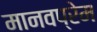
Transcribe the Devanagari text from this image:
मानवप्रेम